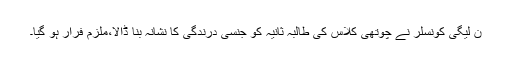
ن لیگی کونسلر نے چوتھی کلاس کی طالبہ ثانیہ کو جنسی درندگی کا نشانہ بنا ڈالا،ملزم فرار ہو گیا۔